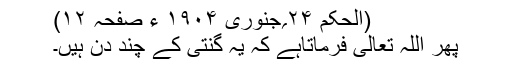
(الحکم ۲۴؍جنوری ۱۹۰۴ ء صفحہ ۱۲)
پھر اللہ تعالیٰ فرماتاہے کہ یہ گنتی کے چند دن ہیں۔